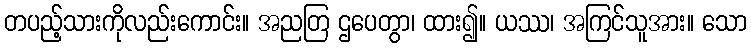
တပည့်သားကိုလည်းကောင်း။ အညတြ ဌပေတွာ၊ ထား၍။ ယဿ၊ အကြင်သူအား။ သော